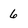
Character: 6